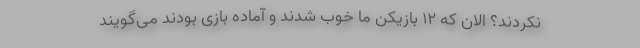
نکردند؟ الان که 12 بازیکن ما خوب شدند و آماده بازی بودند می‌گویند